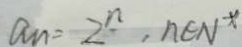
a _ { n } = 2 ^ { n } , n E N ^ { \ast }